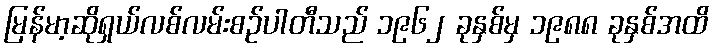
မြန်မာ့ဆိုရှယ်လစ်လမ်းစဉ်ပါတီသည် ၁၉၆၂ ခုနှစ်မှ ၁၉၈၈ ခုနှစ်အထိ